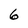
Character: 6